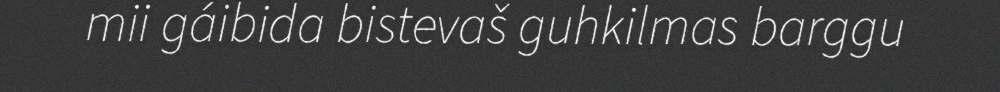
mii gáibida bistevaš guhkilmas barggu